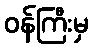
ဝန်ကြီးမှ